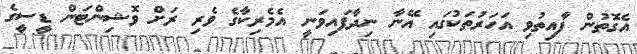
އެގޮތުން ފާއިތުވި އަހަރުތަކުގައި އޭނާ ނިދާފައިވަނީ އެމެރިކާގެ ވެރި ރަށް ވޮޝިންޓަން ޑީސީގެ